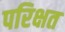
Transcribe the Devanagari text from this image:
परिक्षत